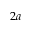
2 a